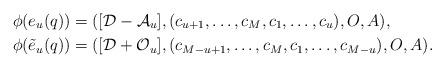
LaTeX: \begin{align*} &\phi(e_u (q)) = ([\mathcal{D} - \mathcal{A}_u], (c_{u+1},\ldots,c_M,c_1,\ldots,c_u),O,A) , \\ &\phi(\tilde e_u (q)) = ([\mathcal{D} + \mathcal{O}_u], (c_{M-u+1},\ldots,c_M,c_1,\ldots,c_{M-u}),O,A) .\end{align*}